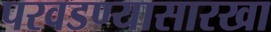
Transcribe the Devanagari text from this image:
परवडण्यासारखा